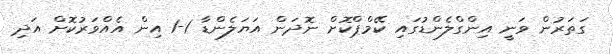
ގަތަރުން ވަނީ އިންގްލެންޑުގައި ކޭމްޕްކޮށް ނޮދަން އަޔަލެންޑާ 1-1 އިން އެއްވަރުކޮށް އަދި